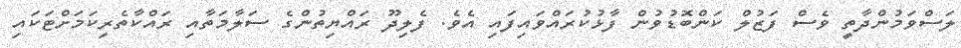
ލަސްވަމުންދާތީ ވެސް ފަޒުލް ކަންބޮޑުވުން ފާޅުކުރައްވައިފައި އެވެ. ފެލިދޫ ރައްޔިތުންގެ ސަލާމަތާއި ރައްކާތެރިކަމަށްޓަކައި